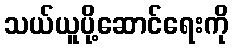
သယ်ယူပို့ဆောင်ရေးကို